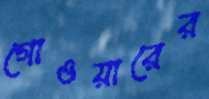
গোওয়ারের